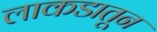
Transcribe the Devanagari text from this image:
लाकडातून